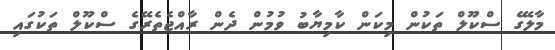
މާލޭގެ ސްކޫލް ތަކުން މިކަން ކާމިޔާބު ވުމުން ދެން ރާއްޖެތެރޭގެ ސްކޫލް ތަކުގައި